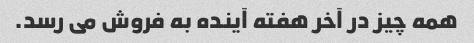
همه چیز در آخر هفته آینده به فروش می رسد.